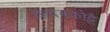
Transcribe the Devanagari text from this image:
कंदक्कोट्टै